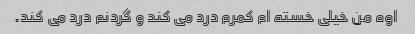
اوه من خیلی خسته ام کمرم درد می کند و گردنم درد می کند.